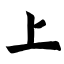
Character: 上